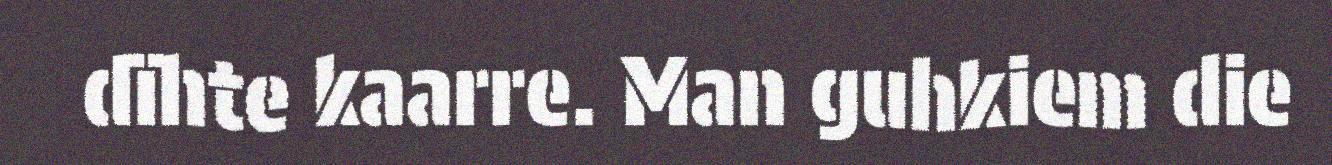
dïhte kaarre. Man guhkiem die